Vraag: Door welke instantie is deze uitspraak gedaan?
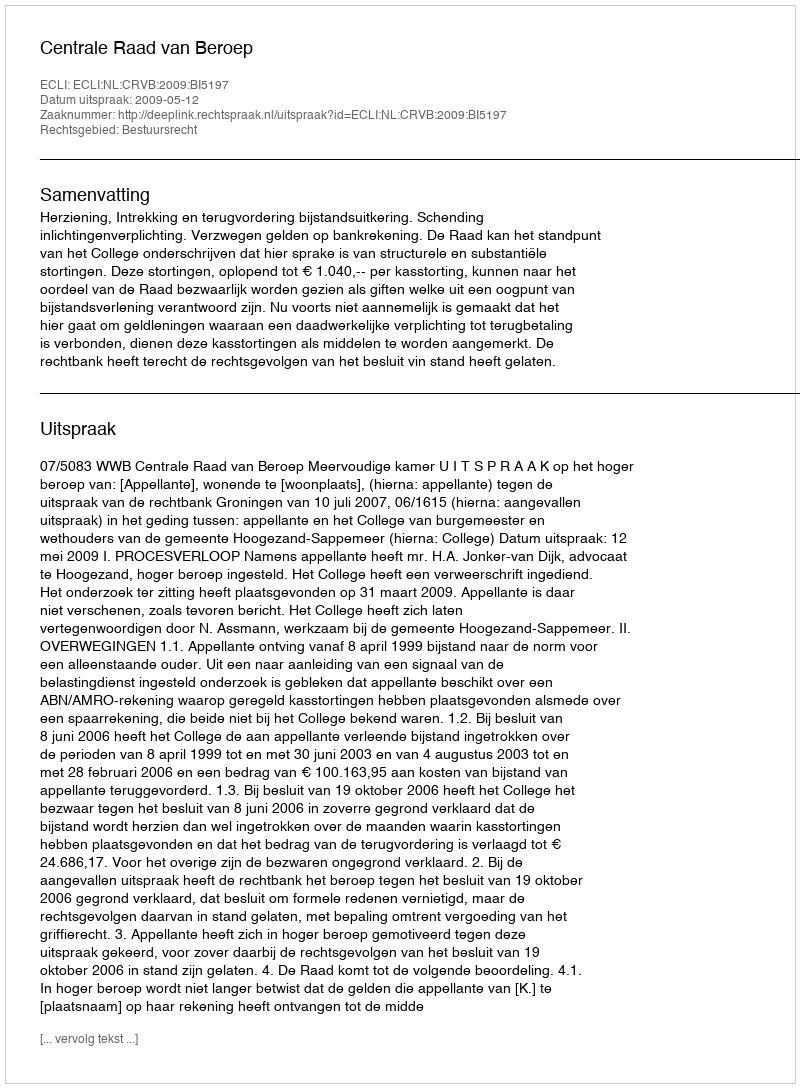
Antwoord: Centrale Raad van Beroep